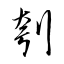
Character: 刳